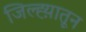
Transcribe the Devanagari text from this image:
जिल्ह्य़ातून